Vaccination Hyderabad 1872-1889 - 1872-1889
Year: 1872
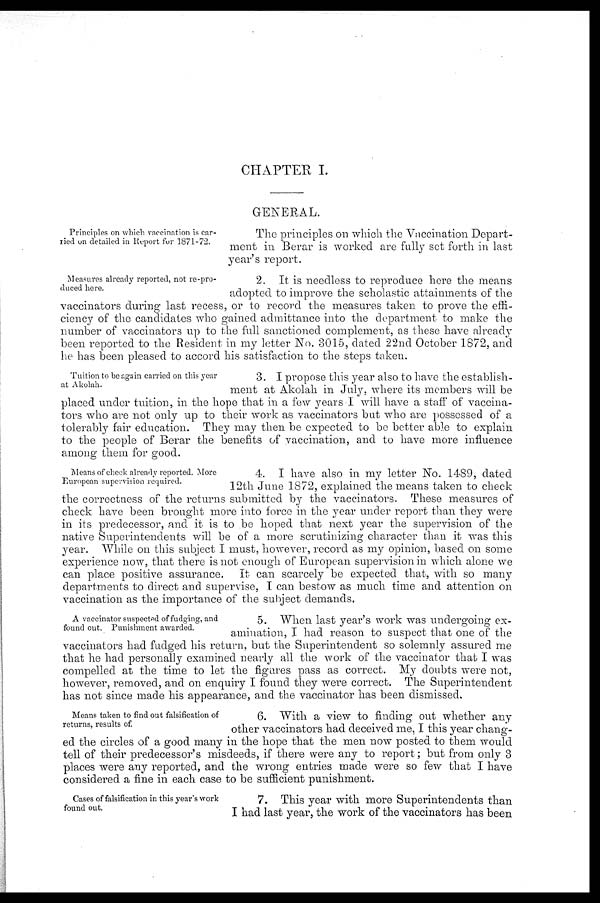
CHAPTER I.
GENERAL.
Principles on which vaccination is car
ried on detailed in Report for 1871-72.
The principles on which the Vaccination Depart-
ment in Berar is worked are fully set forth in last
year's report.
Measures already reported, not re-pro-
duced here.
2. It is needless to reproduce here the means
adopted to improve the scholastic attainments of the
vaccinators during last recess, or to record the measures taken to prove the effi-
ciency of the candidates who gained admittance into the department to make the
number of vaccinators up to the full sanctioned complement, as these have already
been reported to the Resident in my letter No. 3015, dated 22nd October 1872, and
he has been pleased to accord his satisfaction to the steps taken.
Tuition to be again carried on this year
at Akolah.
3. I propose this year also to have the establish-
ment at Akolah in July, where its members will be
placed under tuition, in the hope that in a few years I will have a staff of vaccina-
tors who are not only up to their work as vaccinators but who are possessed of a
tolerably fair education. They may then be expected to be better able to explain
to the people of Berar the benefits of vaccination, and to have more influence
among them for good.
Means of check already reported. More
European supervision required.
4. I have also in my letter No. 1489, dated
12th June 1872, explained the means taken to check
the correctness of the returns submitted by the vaccinators. These measures of
check have been brought more into force in the year under report than they were
in its predecessor, and it is to be hoped that next year the supervision of the
native Superintendents will be of a more scrutinizing character than it was this
year. While on this subject I must, however, record as my opinion, based on some
experience now, that there is not enough of European supervision in which alone we
can place positive assurance. It can scarcely be expected that, with so many
departments to direct and supervise, I can bestow as much time and attention on
vaccination as the importance of the subject demands.
A vaccinator suspected of fudging, and
found out. Punishment awarded.
5. When last year's work was undergoing ex-
amination, I had reason to suspect that one of the
vaccinators had fudged his return, but the Superintendent so solemnly assured me
that he had personally examined nearly all the work of the vaccinator that I was
compelled at the time to let the figures pass as correct. My doubts were not,
however, removed, and on enquiry I found they were correct. The Superintendent
has not since made his appearance, and the vaccinator has been dismissed.
Means taken to find out falsification of
returns, results of.
6. With a view to finding out whether any
other vaccinators had deceived me, I this year chang-
ed the circles of a good many in the hope that the men now posted to them would
tell of their predecessor's misdeeds, if there were any to report; but from only 3
places were any reported, and the wrong entries made were so few that I have
considered a fine in each case to be sufficient punishment.
Cases of falsification in this year's work
found out.
7. This year with more Superintendents than
I had last year, the work of the vaccinators has been